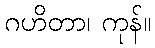
ဂဟိတာ၊ ကုန်။